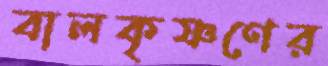
বালকৃষ্ণণের